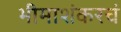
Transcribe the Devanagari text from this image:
भीमाशंकरचं